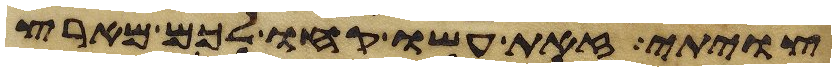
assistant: צויתי זאת עשו קחו לכם מארץ